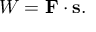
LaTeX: W = \mathbf { F } \cdot \mathbf { s } .